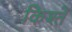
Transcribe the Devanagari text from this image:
किश्तें